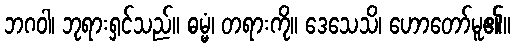
ဘဂဝါ၊ ဘုရားရှင်သည်။ ဓမ္မံ၊ တရားကို။ ဒေသေသိ၊ ဟောတော်မူ၏။